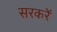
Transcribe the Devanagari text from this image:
सरकरें